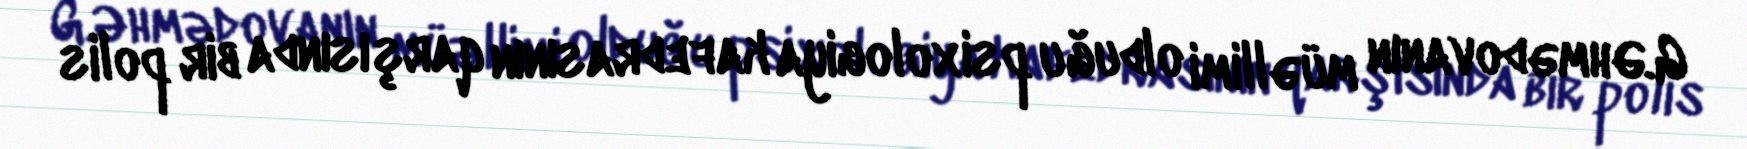
G.Əhmədovanın müəllimi olduğu psixologiya kafedrasının qarşısında bir polis